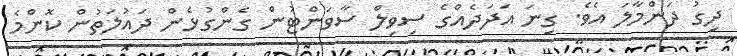
ދިގު ދަންމާލަ އެވެ. ގިނަ އަދަދެއްގެ ސިވިލް ސާވަންޓުން ގެންގުޅެން ދައުލަތުން ކޮންމެ